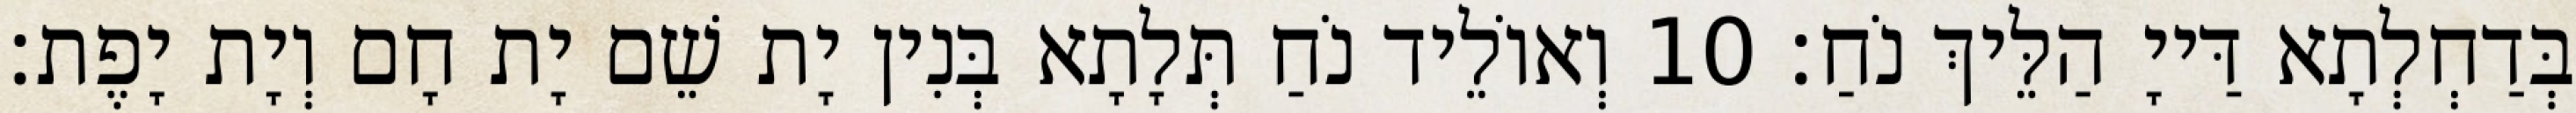
בְּדַחְלְתָא דַּייָ הַלֵּיךְ נֹחַ׃ 10 וְאוֹלֵיד נֹחַ תְּלָתָא בְּנִין יָת שֵׁם יָת חָם וְיָת יָפֶת׃